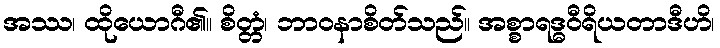
အဿ၊ ထိုယောဂီ၏။ စိတ္တံ၊ ဘာဝနာစိတ်သည်။ အစ္စာရဒ္ဓဝီရိယတာဒီဟိ၊